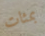
بمئات